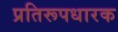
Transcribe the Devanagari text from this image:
प्रतिरूपधारक